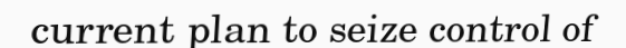
current plan to seize control of